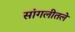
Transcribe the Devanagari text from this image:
सांगलीतले